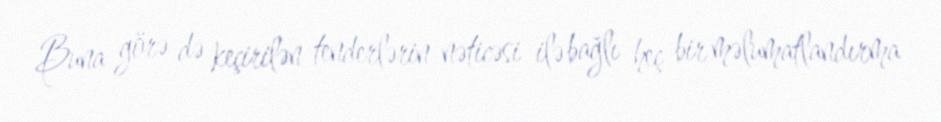
Buna görə də keçirilən tenderlərin nəticəsi ilə bağlı heç bir məlumatlandırma